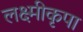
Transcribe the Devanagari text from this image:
लक्ष्मीकृपा